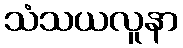
သံသယလူနာ